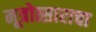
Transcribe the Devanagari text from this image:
मूत्रोत्साराचा